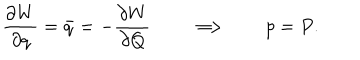
{ \frac { \partial W } { \partial q } } = \bar { q } = - { \frac { \partial W } { \partial Q } } \qquad \Longrightarrow \qquad p = P .